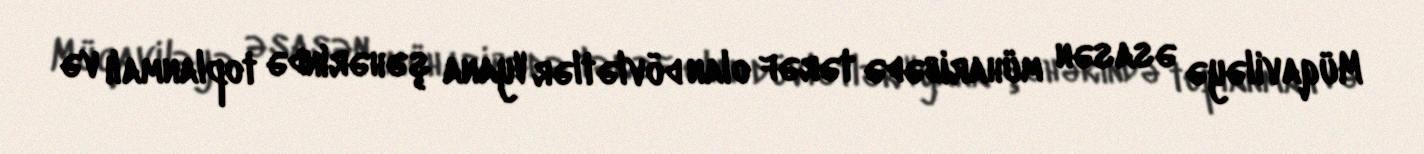
Müqaviləyə əsasən müharibədə tərəf olan dövlətlər Vyana şəhərində toplanmalı və